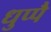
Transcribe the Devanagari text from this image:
धुप्पै